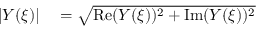
\begin{array} { r l } { | Y ( \xi ) | } & { { } = \sqrt { \mathrm { R e } ( Y ( \xi ) ) ^ { 2 } + \mathrm { I m } ( Y ( \xi ) ) ^ { 2 } } } \end{array}